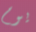
يوم